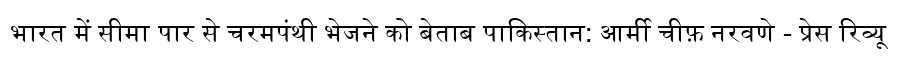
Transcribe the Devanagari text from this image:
भारत में सीमा पार से चरमपंथी भेजने को बेताब पाकिस्तान: आर्मी चीफ़ नरवणे - प्रेस रिव्यू